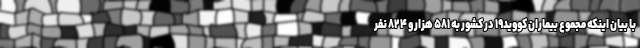
با بیان اینکه مجموع بیماران کووید۱۹ در کشور به ۵۸۱ هزار و ۸۲۴ نفر